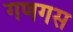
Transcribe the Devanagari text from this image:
गणगस